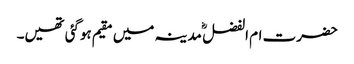
حضرت ام الفضل ؓ مدینہ میں مقیم ہوگئی تھیں۔